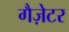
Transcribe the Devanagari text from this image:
गैज़ेटर